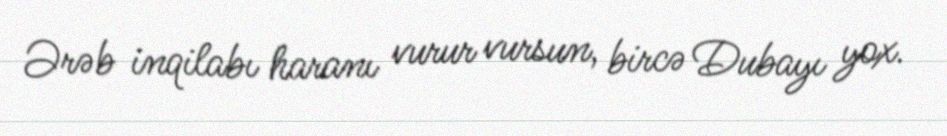
Ərəb inqilabı haranı vurur vursun, bircə Dubayı yox.